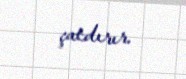
çatdırır.